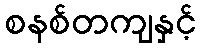
စနစ်တကျနှင့်